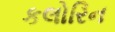
કલોરિન